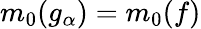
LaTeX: m_{0}(g_{\alpha})=m_{0}(f)